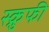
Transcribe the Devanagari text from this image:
स्क्रुफी